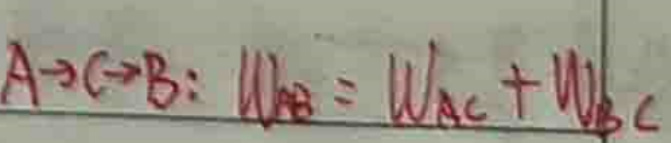
$A\rightarrow C\rightarrow B: W_{AB} = W_{AC} + W_{BC}$